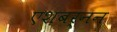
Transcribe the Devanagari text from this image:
एशबर्नन